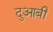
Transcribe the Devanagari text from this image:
दुआबी